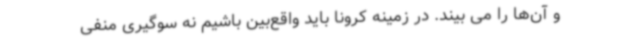
و آن‌ها را می بیند. در زمینه کرونا باید واقع‌بین باشیم نه سوگیری منفی